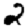
Digit: 2